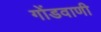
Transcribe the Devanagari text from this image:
गोंडवाणी